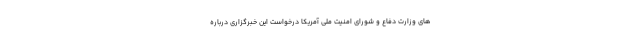
های وزارت دفاع و شورای امنیت ملی آمریکا درخواست این خبرگزاری درباره